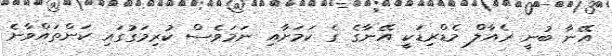
އޭނާ ބުނީ ރެއާލް މެޑްރިޑަކީ އޭނާގެ ގެ ކަމަށާއި ނަމަވެސް ކުރިމަގުގައި ކަންތައްވާނެ